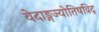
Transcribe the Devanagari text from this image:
वेदाङ्गज्याेतिषविद्